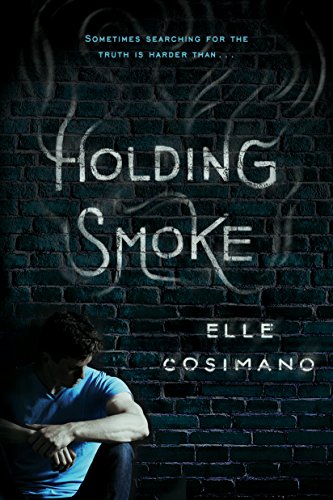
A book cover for Holding Smoke; Elle Cosimano; Teen & Young Adult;